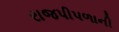
રાજપીપળાની